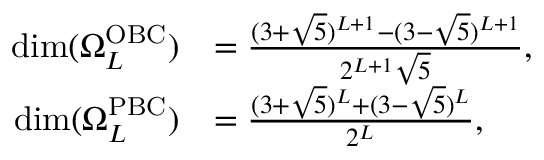
\begin{array} { r l } { \mathrm { d i m } ( \Omega _ { L } ^ { \mathrm { O B C } } ) } & { = \frac { ( 3 + \sqrt 5 ) ^ { L + 1 } - ( 3 - \sqrt 5 ) ^ { L + 1 } } { 2 ^ { L + 1 } \sqrt { 5 } } , } \\ { \mathrm { d i m } ( \Omega _ { L } ^ { \mathrm { P B C } } ) } & { = \frac { ( 3 + \sqrt 5 ) ^ { L } + ( 3 - \sqrt 5 ) ^ { L } } { 2 ^ { L } } , } \end{array}